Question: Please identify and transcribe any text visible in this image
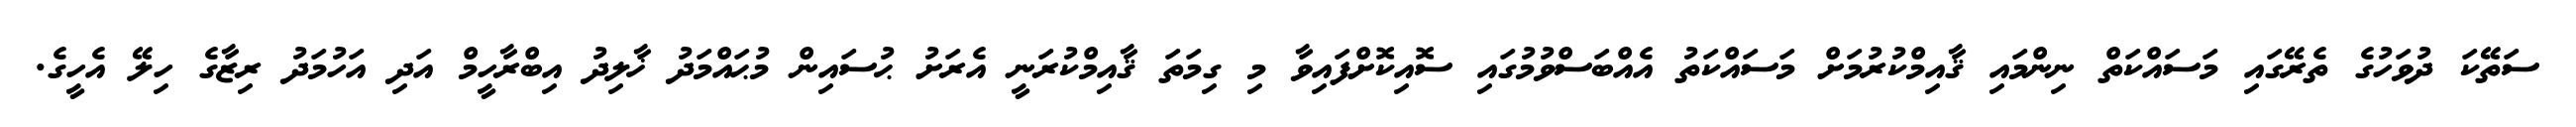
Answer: ސަތޭކަ ދުވަހުގެ ތެރޭގައި މަސައްކަތް ނިންމައި ޤާއިމްކުރުމަށް މަސައްކަތު އެއްބަސްވުމުގައި ސޮއިކޮށްފައިވާ މި ގިމަތަ ޤާއިމްކުރަނީ އެރަށު ޙުސައިން މުޙައްމަދު ޚާލިދު އިބްރާހީމް އަދި އަހުމަދު ރިޒާގެ ހިލޭ އެހީގެ.